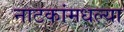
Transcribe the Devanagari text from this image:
नाटकांमधल्या